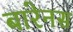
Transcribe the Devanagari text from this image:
बारेनस